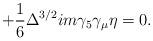
LaTeX: \begin{align*}+ \frac {1}{6} \Delta^{3/2} i m \gamma_5 \gamma_{\mu} \eta = 0.\end{align*}